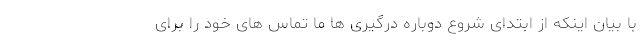
با بیان اینکه از ابتدای شروع دوباره درگیری ها ما تماس های خود را برای